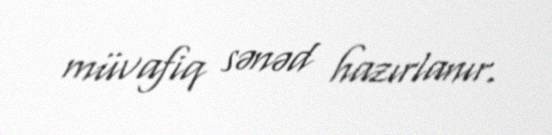
müvafiq sənəd hazırlanır.